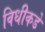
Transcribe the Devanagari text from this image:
विधीकडे